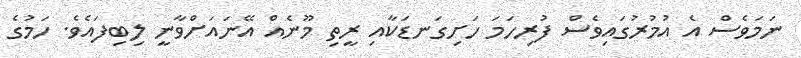
ނަމަވެސް އެ އުމުރުގައިވެސް ފުރިހަމަ ހަށިގަނޑަކާއި ރީތި މޫނެއް އޭނައަށްވާނީ ލިބިފައެވެ. ހަމުގެ